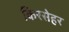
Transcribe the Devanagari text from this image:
किरसेहर